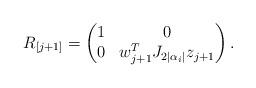
LaTeX: \begin{align*} R_{[j+1]} &=\begin{pmatrix} 1 & 0 \\ 0 & w_{j+1}^TJ_{2|\alpha_i|}z_{j+1}\end{pmatrix}.\end{align*}